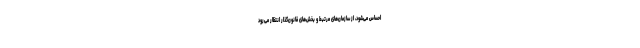
احساس می‌شود، از سازمان‌های مرتبط و بخش‌های قانون‌گذار انتظار می‌رود